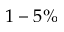
1 - 5 \%